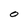
Character: O